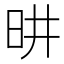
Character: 𪰉